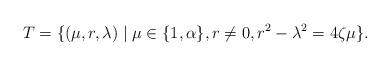
LaTeX: \begin{align*}T=\{(\mu,r,\lambda) \mid \mu\in\{1,\alpha\}, r\neq 0, r^2-\lambda^2=4\zeta \mu \}.\end{align*}